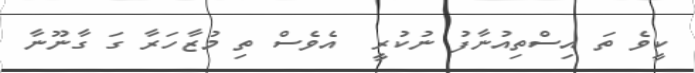
ކީވެ ތަ އިސްތިއުނާފު ނުކުރީ  އެވެސް ތި މުޒާހަރާ ގަ ގާނޫނާ